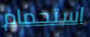
استحمام